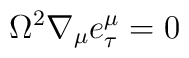
\Omega^{2} \nabla_{\mu}e^{\mu}_{\tau} = 0